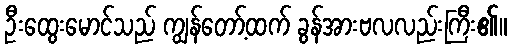
ဦးထွေးမောင်သည် ကျွန်တော့်ထက် ခွန်အားဗလလည်းကြီး၏။